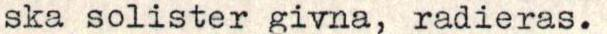
ska solister givna, radieras.